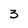
Character: 3